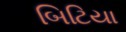
બિટિયા